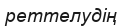
реттелудің